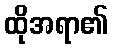
ထိုအရာ၏